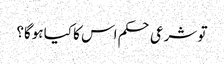
تو شرعی حکم اس کا کیا ہوگا؟